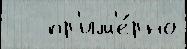
   пр'им'е́рно